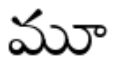
మూ